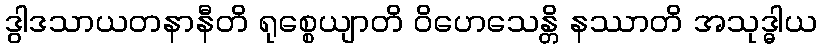
ဒွါဒသာယတနာနီတိ ရုစ္စေယျာတိ ဝိဟေသေန္တိ နဿာတိ အသုဒ္ဓါယ